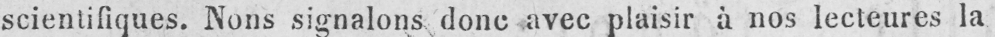
scientifiques. Nons signalons donc avec plaisir à nos lecteures la